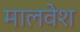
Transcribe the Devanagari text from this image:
मालवेश